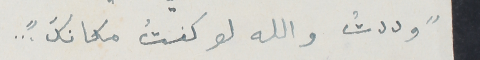
" وددتُ والله لو كنتُ مكانكَ "...